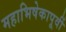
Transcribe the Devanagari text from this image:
महाभिषेकापूर्वी